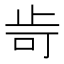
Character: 㱒